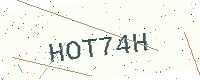
Text: HOT74H